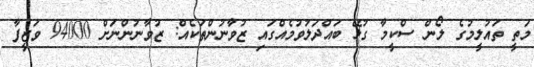
މަތީ ތައުލީމުގެ ލޯން ސްކީމާ ގުޅޭ ބައްދަލުވުމެއްގައި ޒުވާނުންތަކެއް: ޒުވާނުންނަށް 94000 ވަޒީފާ